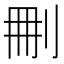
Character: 𠜂